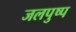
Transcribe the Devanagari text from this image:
जलपुष्प